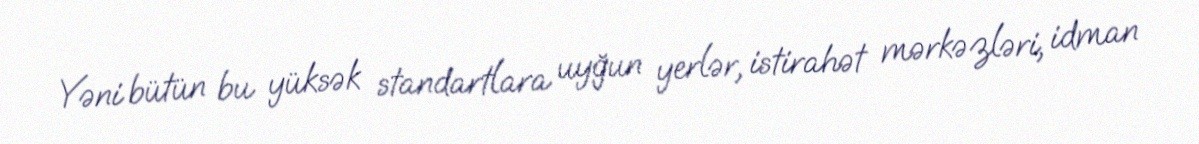
Yəni bütün bu yüksək standartlara uyğun yerlər, istirahət mərkəzləri, idman